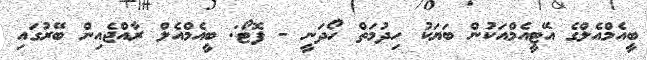
ބީއެމްއެލްގެ އޭޓީއެމްއަކުން ބަޔަކު ހިދުމަތް ހޯދަނީ - ފޮޓޯ: ބީއެމްއެލް ރާއްޖެއިން ބޭރުގައި